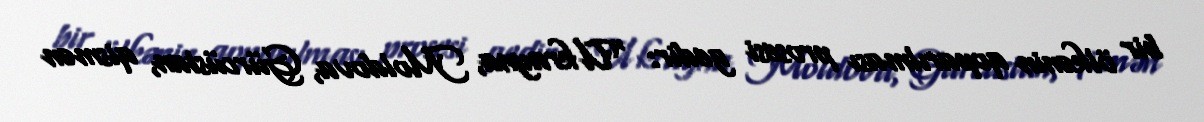
bir ölkənin qoparılması prosesi gedir: “Ukrayna, Moldova, Gürcüstan, qismən